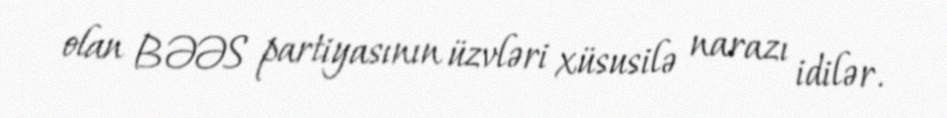
olan BƏƏS partiyasının üzvləri xüsusilə narazı idilər.